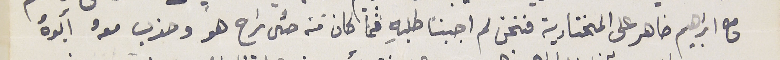
مع ابراهيم ضاهر على المختاربة فنحن لم اجبنا طلبه فما كان منه حتى راح هو وحزب معه أبوهُ